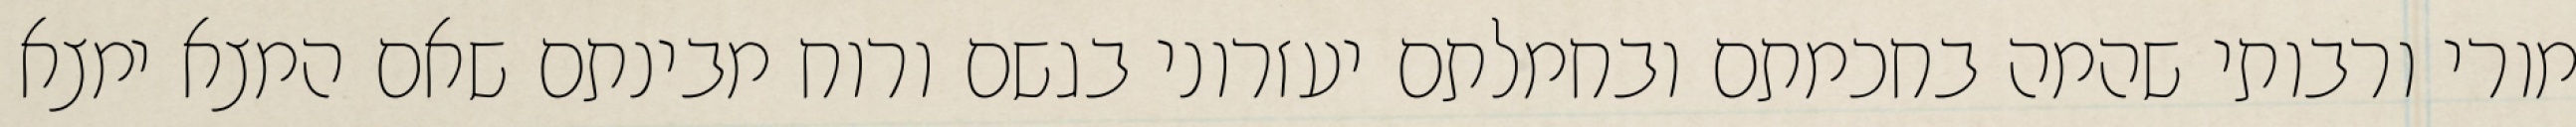
מורי ורבותי שהמה בחכמתם ובחמלתם יעזרוני בגשם ורוח מבינתם שאם המצא ימצא